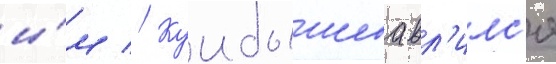
и́м // Куибышева вл'илс'я